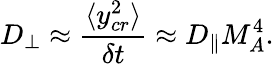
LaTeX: D_{\bot}\approx\frac{\langle y_{cr}^{2}\rangle}{\delta t}\approx D_{\| }M_{A}^{4}.